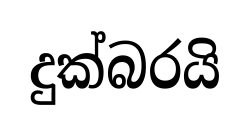
දුක්බරයි